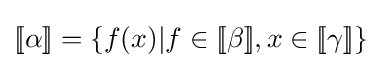
[\![\alpha ]\!]=\{f(x)|f\in [\![\beta ]\!],x\in [\![\gamma ]\!]\}